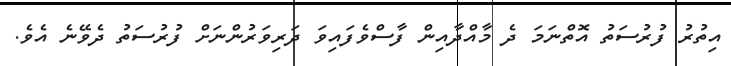
އިތުރު ފުރުސަތު އޮތްނަމަ ދެ މާއްދާއިން ފާސްވެފައިވަ ދަރިވަރުންނަށް ފުރުސަތު ދެވޭނެ އެވެ.